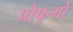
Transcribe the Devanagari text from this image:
प्रोफुमो